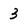
Character: 3